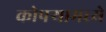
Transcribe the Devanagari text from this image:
कोपर्‍यामध्ये